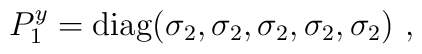
P^{y}_1={\rm diag}(\sigma_2, \sigma_2, \sigma_2, \sigma_2, \sigma_2)~,~\,